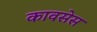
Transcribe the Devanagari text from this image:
कावसेस